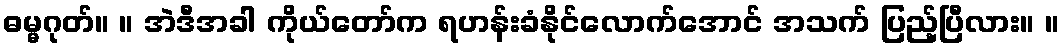
ဓမ္မဂုတ်။ ။ အဲဒီအခါ ကိုယ်တော်က ရဟန်းခံနိုင်လောက်အောင် အသက် ပြည့်ပြီလား။ ။